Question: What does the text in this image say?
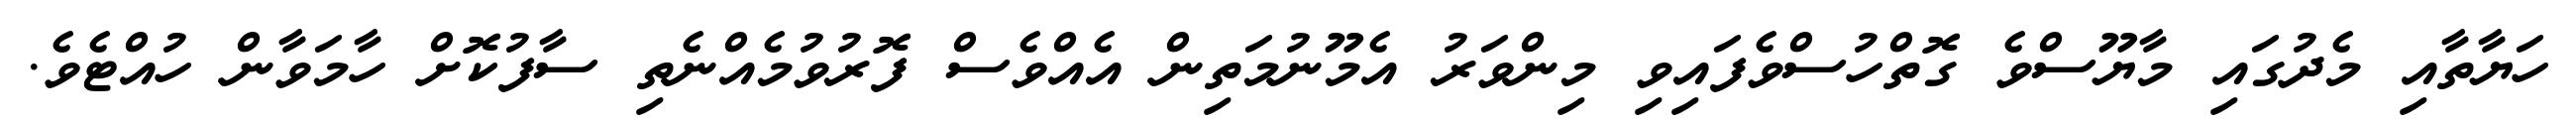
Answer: ހަޔާތާއި މެދުގައި މާޔޫސްވެ ގޮތްހުސްވެފައިވި މިންވަރު އެމޫނުމަތިން އެއްވެސް ފޮރުވުމެއްނެތި ސާފުކޮށް ހާމަވާން ހުއްޓެވެ.